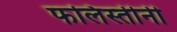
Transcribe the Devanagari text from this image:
फलिस्तीनी